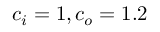
c _ { i } = 1 , c _ { o } = 1 . 2